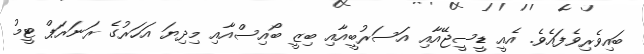
ބައިވެރިވެފައެވެ. އެއީ ޑީސީޖޭއާއި އަސަރުބީއާއި ބިޒީ ބޯއިސްއާއި މިދިޔަ އަހަރުގެ ރަނަރަޕް ޓީމު